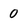
Character: 0